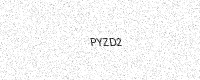
Text: PYZD2